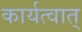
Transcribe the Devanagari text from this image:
कार्यत्वात्